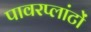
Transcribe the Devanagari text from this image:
पावरप्लांटों